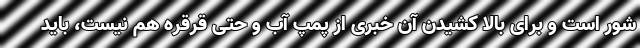
شور است و برای بالا کشیدن آن خبری از پمپ آب و حتی قرقره هم نیست، باید